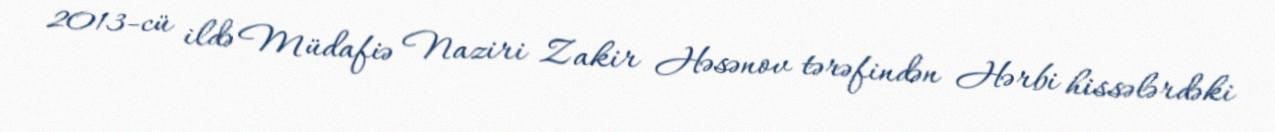
2013-cü ildə Müdafiə Naziri Zakir Həsənov tərəfindən Hərbi hissələrdəki